Document type: Dowry acquittance
Year: 1240
Scribe: Pere de Bages
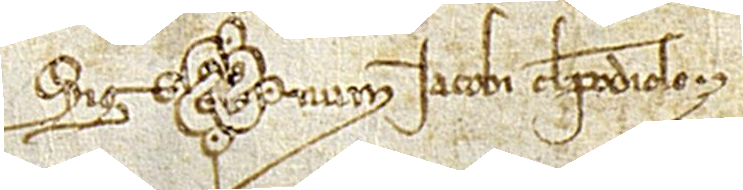
Sig(signe)num Iacobi de Podiolo.